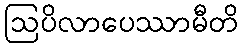
ဩပိလာပေဿာမီတိ